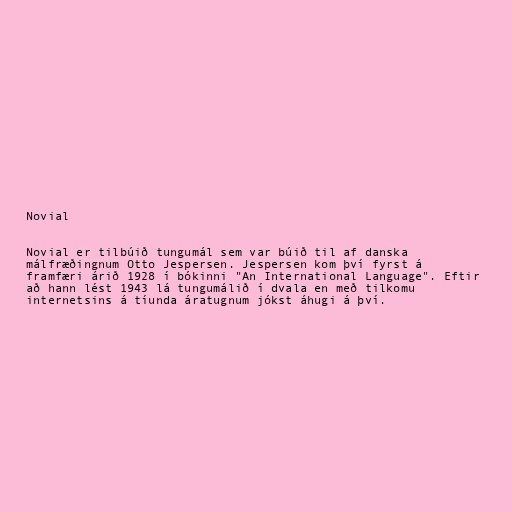
Novial

Novial er tilbúið tungumál sem var búið til af danska
málfræðingnum Otto Jespersen. Jespersen kom því fyrst á
framfæri árið 1928 í bókinni "An International Language". Eftir
að hann lést 1943 lá tungumálið í dvala en með tilkomu
internetsins á tíunda áratugnum jókst áhugi á því.